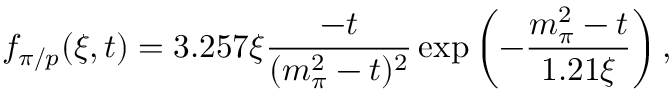
f _ { \pi / p } ( \xi , t ) = 3 . 2 5 7 \xi \frac { - t } { ( m _ { \pi } ^ { 2 } - t ) ^ { 2 } } \exp \left( - \frac { m _ { \pi } ^ { 2 } - t } { 1 . 2 1 \xi } \right) ,